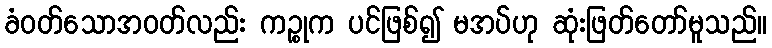
ခံဝတ်သောအဝတ်လည်း ကဉ္စုက ပင်ဖြစ်၍ မအပ်ဟု ဆုံးဖြတ်တော်မူသည်။